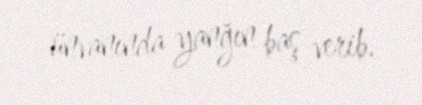
ünvanında yanğın baş verib.